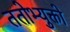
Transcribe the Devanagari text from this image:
ततोभ्युक्तो